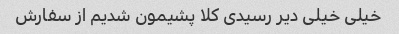
خیلی خیلی دیر رسیدی کلا پشیمون شدیم از سفارش